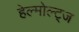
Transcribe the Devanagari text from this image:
हेल्मोल्ट्ज